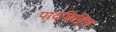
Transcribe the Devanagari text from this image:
पादछिद्रिण